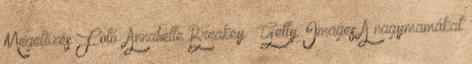
Megelőzés Fotó: Annabelle Breakey Getty Images A nagymamákat